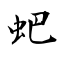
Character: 蚆